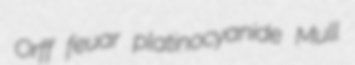
Orff feuar platinocyanide Mull